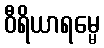
ဝီရိယာရမ္မေ